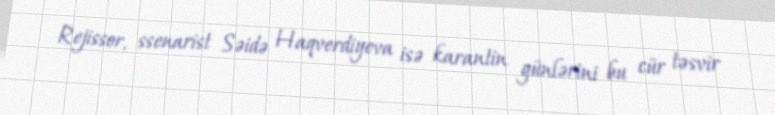
Rejissor, ssenarist Səidə Haqverdiyeva isə karantin günlərini bu cür təsvir